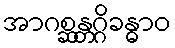
အာဂစ္ဆန္တဂ္ဂိခန္ဓာဝ